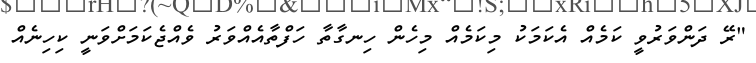
"ރޭ ދަންވަރުވީ ކަމެއް އެކަމަކު މިކަމެއް މިހެން ހިނގާތާ ހަފްތާއެއްވަރު ވެއްޖެކަމަށްވަނީ ކިހިނެއް